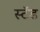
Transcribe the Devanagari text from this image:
स्‍टॅड